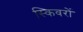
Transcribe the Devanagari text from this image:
स्किवरों